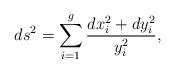
LaTeX: \begin{align*}ds^2=\sum_{i=1}^g \frac{dx_i^2+dy_i^2}{y_i^2},\end{align*}